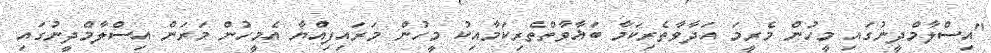
"އިސްލާމްދީނުގައި މީހުން މެރީމަ އަދާވާތެރިކަމާ ބަޣާވާތްތެރިކަމާއިކު މީހުން މަރައިފިއްޔާ އެމީހުން މަރަން އިސްލާމްދީނުގައި